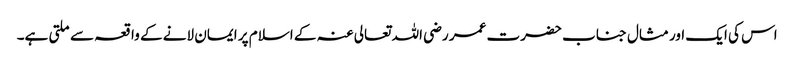
اس کی ایک اور مثال جناب حضرت عمر رضی اللہ تعالی عنہ کے اسلام پر ایمان لانے کے واقعہ سے ملتی ہے۔